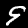
Label: 9